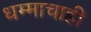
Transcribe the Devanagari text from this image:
धम्माचाही